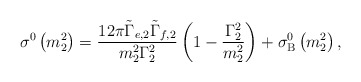
\begin{align*}\sigma^0\left(m^2_2\right)=\frac{12\pi\tilde\Gamma_{e,2}\tilde\Gamma_{f,2}}{m^2_2\Gamma^2_2}\left(1-\frac{\Gamma^2_2}{m^2_2}\right)+\sigma_{\rm B}^0\left(m^2_2\right),\end{align*}